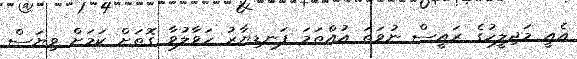
އެއީ މަޖިލީހުގެ ރައީސް ނުވަތަ އުއްތަމަ ފަނޑިޔާރު ހަވާލުވާ ގޮތަށް ކަމަށް ވިޔަސް